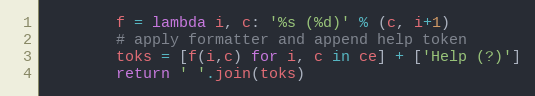
Language: Python
        f = lambda i, c: '%s (%d)' % (c, i+1)
        # apply formatter and append help token
        toks = [f(i,c) for i, c in ce] + ['Help (?)']
        return ' '.join(toks)